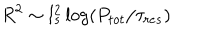
R ^ { 2 } \sim l _ { s } ^ { 2 } \log ( P _ { t o t } / \tau _ { r e s } )